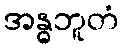
အန္ဓဘူတံ